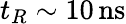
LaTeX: t_{R}\sim 10\, \mathrm{ns}